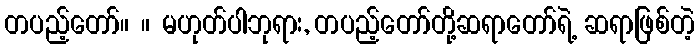
တပည့်တော်။ ။ မဟုတ်ပါဘုရား, တပည့်တော်တို့ဆရာတော်ရဲ့ ဆရာဖြစ်တဲ့